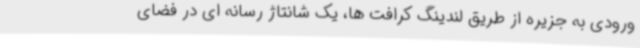
ورودی به جزیره از طریق لندینگ کرافت ها، یک شانتاژ رسانه ای در فضای